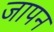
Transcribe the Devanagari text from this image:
जापन